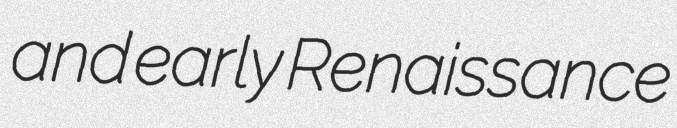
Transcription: and early Renaissance